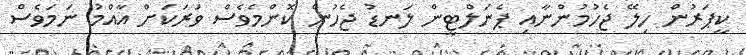
ކީޕަރުން ހިލޭ ޖެހުމުންނާއި ޕެނަލްޓީން ލަނޑު ޖެހުން ކޮންމެވެސް ވަރަކަށް އާއްމު ނަމަވެސް